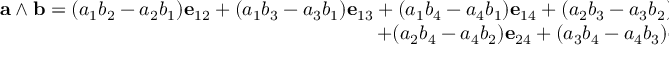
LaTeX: \begin{array} { r } { \mathbf { a } \wedge \mathbf { b } = ( a _ { 1 } b _ { 2 } - a _ { 2 } b _ { 1 } ) \mathbf { e } _ { 1 2 } + ( a _ { 1 } b _ { 3 } - a _ { 3 } b _ { 1 } ) \mathbf { e } _ { 1 3 } + ( a _ { 1 } b _ { 4 } - a _ { 4 } b _ { 1 } ) \mathbf { e } _ { 1 4 } + ( a _ { 2 } b _ { 3 } - a _ { 3 } b _ { 2 } ) \mathbf { e } _ { 2 3 } } \\ { + ( a _ { 2 } b _ { 4 } - a _ { 4 } b _ { 2 } ) \mathbf { e } _ { 2 4 } + ( a _ { 3 } b _ { 4 } - a _ { 4 } b _ { 3 } ) \mathbf { e } _ { 3 4 } . } \end{array}